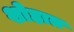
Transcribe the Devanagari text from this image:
शोहात